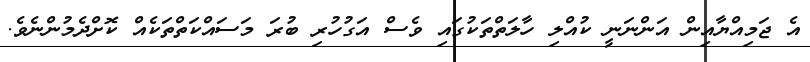
އެ ޖަމިއްޔާއިން އަންނަނީ ކުއްލި ހާލަތްތަކުގައި ވެސް އަގުހުރި ބުރަ މަސައްކަތްތަކެއް ކޮށްދެމުންނެވެ.